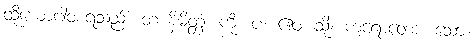
ထိုယောဂါဝစရသည်။ တံ နိမိတ္တံ၊ ကို။ ပ။ ဧဝံ၊ သို့။ ကရောတော၊ သော။